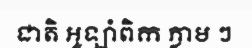
ជាតិ អូឡាំពិក ភ្លាម ៗ